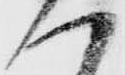
ハ